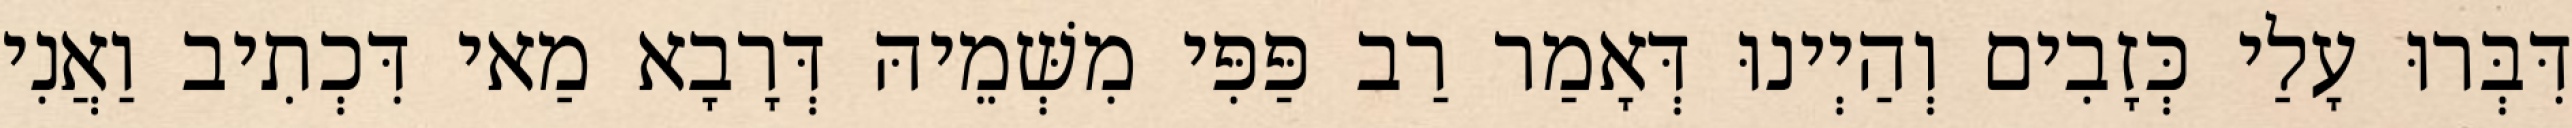
דִּבְּרוּ עָלַי כְּזָבִים וְהַיְינוּ דְּאָמַר רַב פַּפִּי מִשְּׁמֵיהּ דְּרָבָא מַאי דִּכְתִיב וַאֲנִי